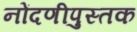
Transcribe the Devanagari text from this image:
नोंदणीपुस्तक